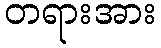
တရားအား